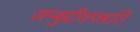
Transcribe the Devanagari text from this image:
जम्बुद्दीवपन्नति